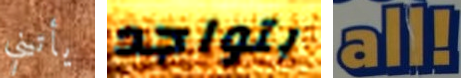
يأتيني بتواجد all!